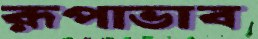
রূপাভাব